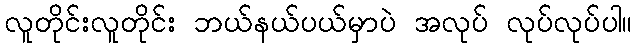
လူတိုင်းလူတိုင်း ဘယ်နယ်ပယ်မှာပဲ အလုပ် လုပ်လုပ်ပါ။